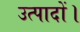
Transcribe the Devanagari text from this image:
उत्पादों।